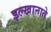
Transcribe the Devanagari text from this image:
इल्खानाते